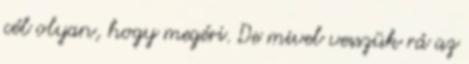
cél olyan, hogy megéri. De mivel vesszük rá az